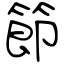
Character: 節